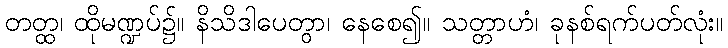
တတ္ထ၊ ထိုမဏ္ဍပ်၌။ နိသိဒါပေတွာ၊ နေစေ၍။ သတ္တာဟံ၊ ခုနစ်ရက်ပတ်လုံး။